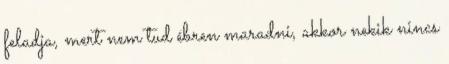
feladja, mert nem tud ébren maradni, akkor nekik nincs